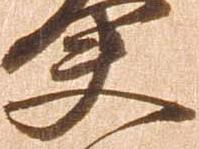
夫